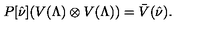
P [ \hat { \nu } ] ( V ( \Lambda ) \otimes V ( \Lambda ) ) = \bar { V } ( \hat { \nu } ) .